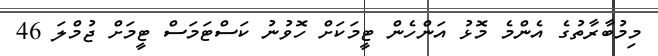
މިމުބާރާތުގެ އެންމެ މޮޅު އަންހެން ޓީމަކަށް ހޮވުނު ކަސްޓަމަސް ޓީމަށް ޖުމްލަ 46